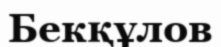
Бекқұлов